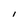
Character: l